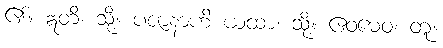
၏။ ဣတိ၊ သို့။ ပဇာနာဟိ ယထာ၊ သို့။ ဧဝမေဝ၊ တူ။